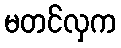
မတင်လှက